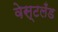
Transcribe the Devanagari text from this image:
वेस्टलँड